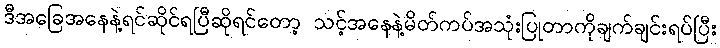
ဒီအခြေအနေနဲ့ရင်ဆိုင်ရပြီဆိုရင်တော့ သင့်အနေနဲ့မိတ်ကပ်အသုံးပြုတာကိုချက်ချင်းရပ်ပြီး